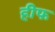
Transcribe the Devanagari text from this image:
हीफ